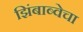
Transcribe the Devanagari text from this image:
झिंबाब्वेचा